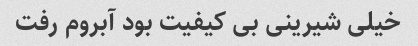
خیلی شیرینی بی کیفیت بود آبروم رفت